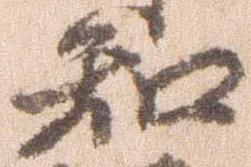
知